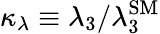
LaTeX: \kappa_{\lambda}\equiv\lambda_{3}/\lambda_{3}^{\mathrm{SM}}